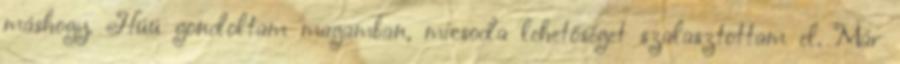
máshogy. Húú gondoltam magamban, micsoda lehetőséget szalasztottam el. Már